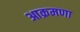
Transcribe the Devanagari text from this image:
आक्रमणा